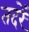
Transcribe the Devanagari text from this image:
तदरें